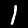
Digit: 1